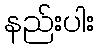
နည်းပါး